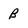
Character: B